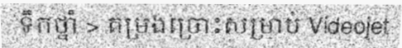
ទឹកថ្នាំ > តម្រងច្រោះសម្រាប់ Videojet